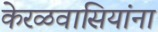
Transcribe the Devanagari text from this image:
केरळवासियांना